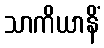
သာကိယာနိံ